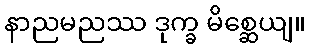
နာညမညဿ ဒုက္ခ မိစ္ဆေယျ။